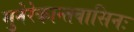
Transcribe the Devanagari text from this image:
मुनेरेकान्तवासिनः